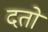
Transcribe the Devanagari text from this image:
दतो